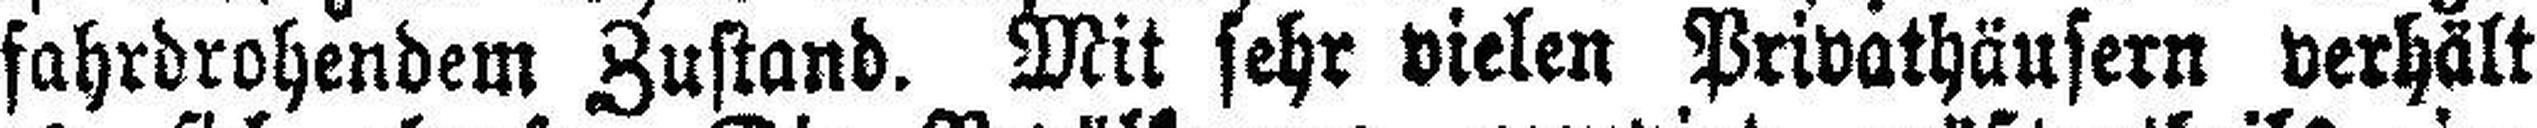
fahrdrohendem Zustand. Mit sehr vielen Privathäusern verhält